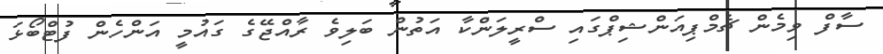
ސާފް ވިމެން ޗެމްޕިއަންޝިޕްގައި ސްރީލަންކާ އަތުން ބަލިވެ ރާއްޖޭގެ ގައުމީ އަންހެން ފުޓްބޯޅަ